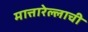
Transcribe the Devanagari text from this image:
मात्तारेल्लाची